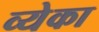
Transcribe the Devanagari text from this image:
व्येका